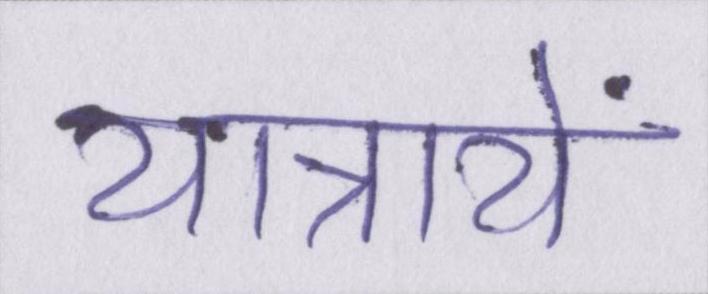
यात्रायें